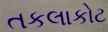
તકલાકોટ